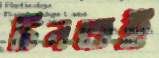
চিনতই